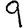
Digit: 9